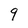
Character: 9